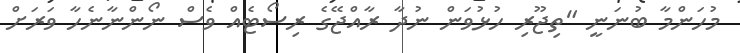
މުހަންމާ ބުނަނީ "ތިޖޫރި ހުޅުވަން ނުދާ ރާއްޖޭގެ ރިސޯޓެއް ވެސް ނޯންނާނެހާ ވަރަށް